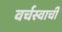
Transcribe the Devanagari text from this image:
वर्चस्वाची